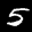
Label: 5